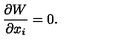
\frac { \partial W } { \partial x _ { i } } = 0 .